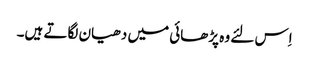
اِس لئے وہ پڑھائی میں دھیان لگاتے ہیں۔